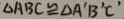
\Delta A B C \cong \Delta A ^ { \prime } B ^ { \prime } C ^ { \prime }